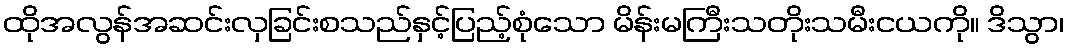
ထိုအလွန်အဆင်းလှခြင်းစသည်နှင့်ပြည့်စုံသော မိန်းမကြီးသတိုးသမီးငယကို။ ဒိသွာ၊